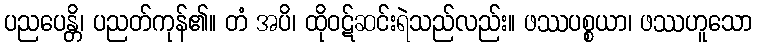
ပညပေန္တိ၊ ပညတ်ကုန်၏။ တံ အပိ၊ ထိုဝဋ်ဆင်းရဲသည်လည်း။ ဖဿပစ္စယာ၊ ဖဿဟူသော